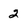
Character: 2